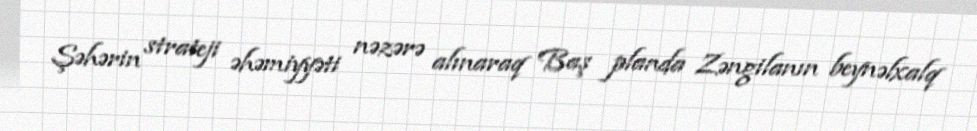
Şəhərin strateji əhəmiyyəti nəzərə alınaraq Baş planda Zəngilanın beynəlxalq